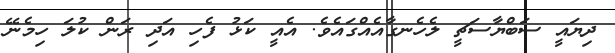
ދިޔައީ ސަބްޔާސަޗީ ލެހެނގާއެއްގައެވެ. އެއީ ކަޅު ފެހި އަދި ރަން ކުލަ ހިމެނޭ